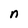
Character: n